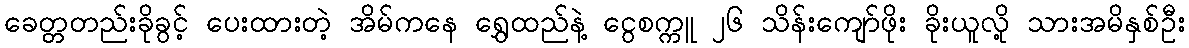
ခေတ္တတည်းခိုခွင့် ပေးထားတဲ့ အိမ်ကနေ ရွှေထည်နဲ့ ငွေစက္ကူ ၂၆ သိန်းကျော်ဖိုး ခိုးယူလို့ သားအမိနှစ်ဦး